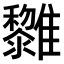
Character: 𩁟